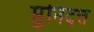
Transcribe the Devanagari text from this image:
मुनिदत्त